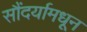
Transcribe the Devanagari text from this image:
सौंदर्यामधून